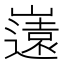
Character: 𭗤